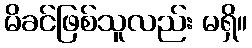
မိခင်ဖြစ်သူလည်း မရှိ။